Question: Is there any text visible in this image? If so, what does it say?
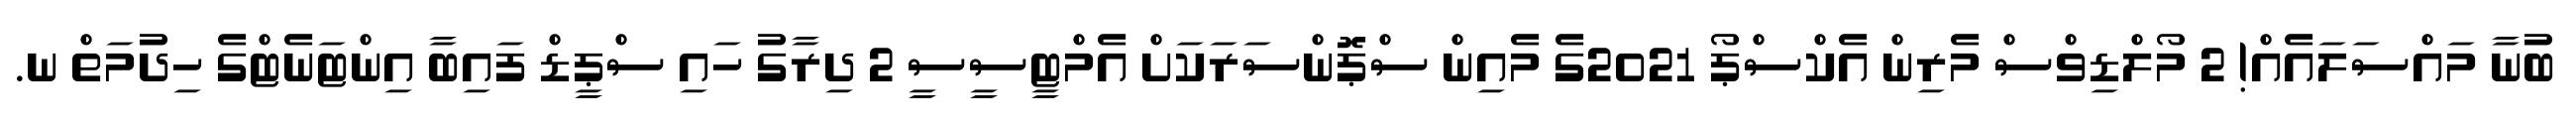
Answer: ބުނާ މައްސަލައެއް! 2 މޯލްޑިވްސް މެރިން އެކްސްޕޯ 2021ގެ މެއިން ސްޕޮންސަރަކަށް އެމްޓީސީސީ 2 ދިރާގު ހައި ސްޕީޑް ފައިބާ އިންޓަނެޓްގެ ހިދުމަތް ނ.